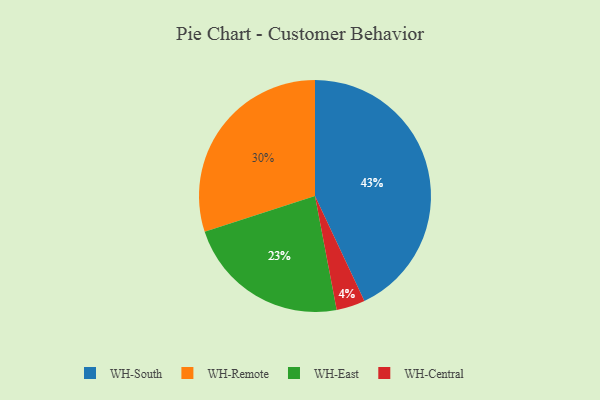
{"axis": {"x": "Category", "y": "Percentage"}, "legend": ["WH-Central", "WH-East", "WH-Remote", "WH-South"], "data": [{"x": "WH-Remote", "y": 30, "type": "WH-Remote"}, {"x": "WH-Central", "y": 4, "type": "WH-Central"}, {"x": "WH-South", "y": 43, "type": "WH-South"}, {"x": "WH-East", "y": 23, "type": "WH-East"}]}